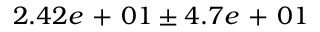
2 . 4 2 e \mathrm { ~ + ~ } 0 1 \pm 4 . 7 e \mathrm { ~ + ~ } 0 1